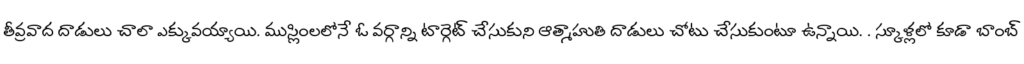
తీవ్రవాద దాడులు చాలా ఎక్కువయ్యాయి. ముస్లింలలోనే ఓ వర్గాన్ని టార్గెట్ చేసుకుని ఆత్మాహుతి దాడులు చోటు చేసుకుంటూ ఉన్నాయి. . స్కూళ్లలో కూడా బాంబ్